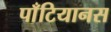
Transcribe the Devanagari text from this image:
पाँटियानस